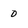
Character: 0